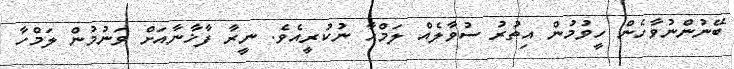
ބޭނުންނުވާހެން ހީވުމުން އިތުރު ސުވާލެއް ލަމްހާ ނުކުރީއެވެ. ނީރާ ފާޚާނާއަށް ވަނުމުން ލަމްހާ